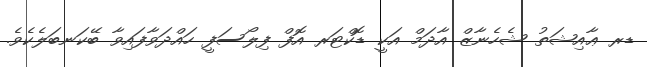
ޑރ ޢާއިޝަތު ޝެހެނާޒް އާދަމް އަކީ ޑޮކްޓަރ އޮފް ފިލޯސަފީ ހައްދަވާފައިވާ ބޭކަނބަލެކެވެ.